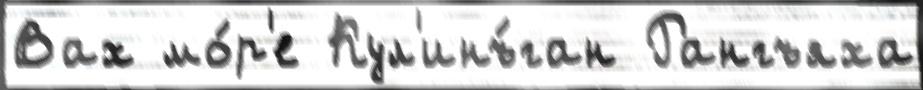
Вах мо́р'е Кул'инъ́ган Рангъяха